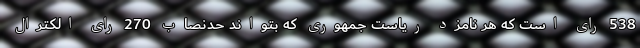
538 رای است که هر نامزد ریاست جمهوری که بتواند حدنصاب 270 رای الکترال